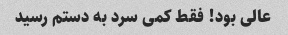
عالی بود! فقط کمی سرد به دستم رسید